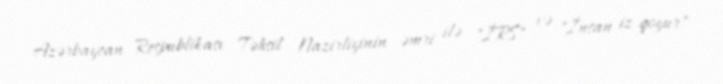
Azərbaycan Respublikası Təhsil Nazirliyinin əmri ilə "İRS" və "İnsan iz qoyur"